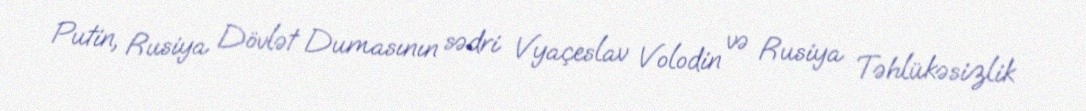
Putin, Rusiya Dövlət Dumasının sədri Vyaçeslav Volodin və Rusiya Təhlükəsizlik